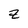
Character: z